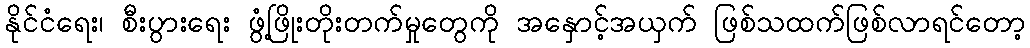
နိုင်ငံရေး၊ စီးပွားရေး ဖွံ့ဖြိုးတိုးတက်မှုတွေကို အနှောင့်အယှက် ဖြစ်သထက်ဖြစ်လာရင်တော့